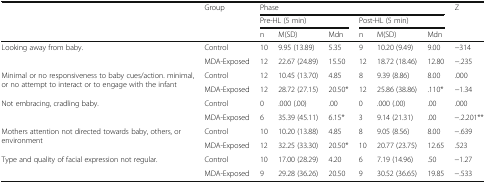
<table><thead><tr><td rowspan="3"></td><td rowspan="3"><b>Group</b></td><td colspan="6"><b>Phase</b></td><td rowspan="3"><b>Z</b></td></tr><tr><td colspan="3"><b>Pre-HL (5 min)</b></td><td colspan="3"><b>Post-HL (5 min)</b></td></tr><tr><td><b>n</b></td><td><b>M(SD)</b></td><td><b>Mdn</b></td><td><b>n</b></td><td><b>M(SD)</b></td><td><b>Mdn</b></td></tr></thead><tbody><tr><td rowspan="2">Looking away from baby.</td><td>Control</td><td>10</td><td>9.95 (13.89)</td><td>5.35</td><td>9</td><td>10.20 (9.49)</td><td>9.00</td><td>−314</td></tr><tr><td>MDA-Exposed</td><td>12</td><td>22.67 (24.89)</td><td>15.50</td><td>12</td><td>18.72 (18.46)</td><td>12.80</td><td>−.235</td></tr><tr><td rowspan="2">Minimal or no responsiveness to baby cues/action. minimal, or no attempt to interact or to engage with the infant</td><td>Control</td><td>12</td><td>10.45 (13.70)</td><td>4.85</td><td>8</td><td>9.39 (8.86)</td><td>8.00</td><td>.000</td></tr><tr><td>MDA-Exposed</td><td>12</td><td>28.72 (27.15)</td><td>20.50*</td><td>12</td><td>25.86 (38.86)</td><td>.110*</td><td>−1.34</td></tr><tr><td rowspan="2">Not embracing, cradling baby.</td><td>Control</td><td>0</td><td>.000 (.00)</td><td>.00</td><td>0</td><td>.000 (.00)</td><td>.00</td><td>.000</td></tr><tr><td>MDA-Exposed</td><td>6</td><td>35.39 (45.11)</td><td>6.15*</td><td>3</td><td>9.14 (21.31)</td><td>.00</td><td>−.2.201**</td></tr><tr><td rowspan="2">Mothers attention not directed towards baby, others, or environment</td><td>Control</td><td>10</td><td>10.20 (13.88)</td><td>4.85</td><td>8</td><td>9.05 (8.56)</td><td>8.00</td><td>−.639</td></tr><tr><td>MDA-Exposed</td><td>12</td><td>32.25 (33.30)</td><td>20.50*</td><td>10</td><td>20.77 (23.75)</td><td>12.65</td><td>.523</td></tr><tr><td rowspan="2">Type and quality of facial expression not regular.</td><td>Control</td><td>10</td><td>17.00 (28.29)</td><td>4.20</td><td>6</td><td>7.19 (14.96)</td><td>.50</td><td>−1.27</td></tr><tr><td>MDA-Exposed</td><td>9</td><td>29.28 (36.26)</td><td>20.50</td><td>9</td><td>30.52 (36.65)</td><td>19.85</td><td>−.533</td></tr></tbody></table>